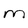
Character: m